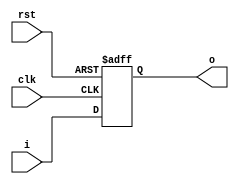
module _16bit(
  input wire clk, rst,
  input wire [15:0] i,
  output reg [15:0] o
);
  always @(posedge clk or posedge rst) begin
    if (rst)
      o <= 16'b0000_0000_0000_0000;
    else
      o <= i;
  end

endmodule